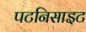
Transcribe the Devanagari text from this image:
पटनिसाइट